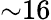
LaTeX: {\sim}16